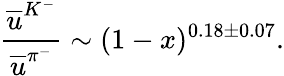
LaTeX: \frac{\overline{{{u}}}^{K^{-}}}{\overline{{{u}}}^{\pi^{-}}}\sim(1-x)^{0.18\pm 0.07}.